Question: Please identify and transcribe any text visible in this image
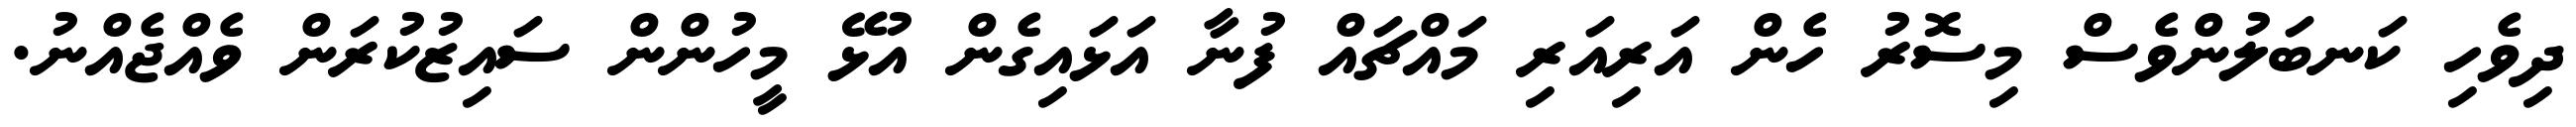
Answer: ދިވެހި ކަނބަލުންވެސް މިސޮރު ހެން އަރިއަރި މައްޗައް ފުނާ އަޅައިގެން އުޅޭ މީހުންން ސައިޒުކުރަން ވެއްޖެއްނު.